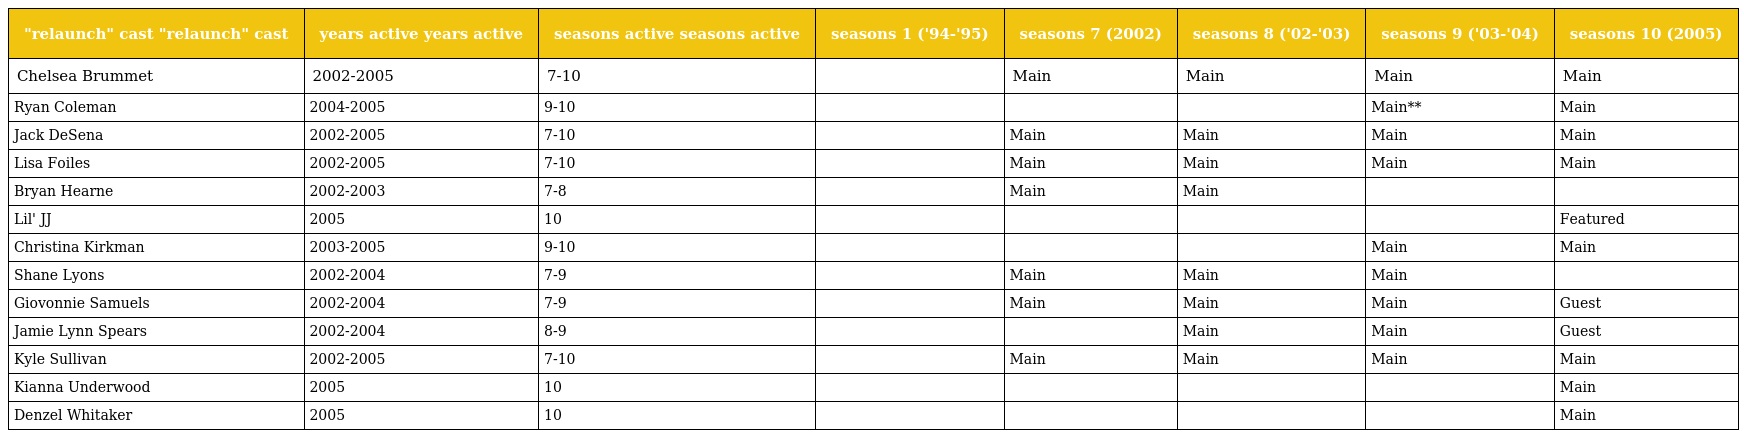
| "relaunch" cast "relaunch" cast | years active years active | seasons active seasons active | seasons 1 ('94-'95) | seasons 7 (2002) | seasons 8 ('02-'03) | seasons 9 ('03-'04) | seasons 10 (2005) |
 | --- | --- | --- | --- | --- | --- | --- | --- |
 | Chelsea Brummet | 2002-2005 | 7-10 |  | Main | Main | Main | Main |
 | Ryan Coleman | 2004-2005 | 9-10 |  |  |  | Main** | Main |
 | Jack DeSena | 2002-2005 | 7-10 |  | Main | Main | Main | Main |
 | Lisa Foiles | 2002-2005 | 7-10 |  | Main | Main | Main | Main |
 | Bryan Hearne | 2002-2003 | 7-8 |  | Main | Main |  |  |
 | Lil' JJ | 2005 | 10 |  |  |  |  | Featured |
 | Christina Kirkman | 2003-2005 | 9-10 |  |  |  | Main | Main |
 | Shane Lyons | 2002-2004 | 7-9 |  | Main | Main | Main |  |
 | Giovonnie Samuels | 2002-2004 | 7-9 |  | Main | Main | Main | Guest |
 | Jamie Lynn Spears | 2002-2004 | 8-9 |  |  | Main | Main | Guest |
 | Kyle Sullivan | 2002-2005 | 7-10 |  | Main | Main | Main | Main |
 | Kianna Underwood | 2005 | 10 |  |  |  |  | Main |
 | Denzel Whitaker | 2005 | 10 |  |  |  |  | Main |